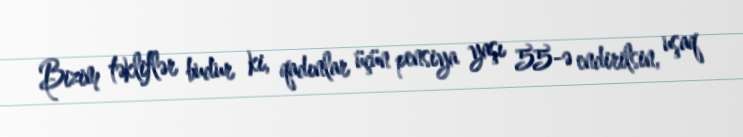
Bizim təkliflər budur ki, qadınlar üçün pensiya yaşı 55-ə endirilsin, uşaq